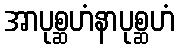
အာပုစ္ဆဟံနာပုစ္ဆဟံ